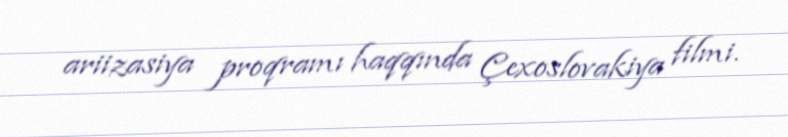
ariizasiya proqramı haqqında Çexoslovakiya filmi.